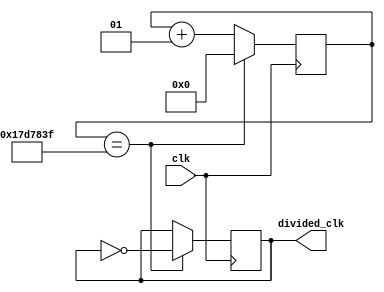
`timescale 1ns / 1ps


module Clk_Div(
input clk, //50MHz.
output reg divided_clk = 1 //output signal depending upon the DIVISOR.
    );

localparam divisor = 24999999;

//Formula: divisionValue = 50MHz / ( 2 * desired freq) - 1 => for 1 Hz => "49999999" ////Some Problem With Formula////

//counter code.

integer counterValue = 0;


always @ (posedge clk) //trigger.
begin
	
	if (counterValue == divisor)
		counterValue <= 0; //for reseting the counter.
	else
		counterValue <= counterValue + 1; //incrementing the counter.

end



//divider code based upon the counter.

always @ (posedge clk)
begin
	
	if (counterValue == divisor)
		divided_clk <= ~divided_clk; //flipping the signal on and off per cycle.
	else
		divided_clk <= divided_clk; //keep the previous value if couunter has reached to DIVISOR yet.
		
end


endmodule